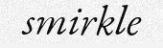
smirkle